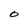
Character: O